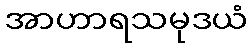
အာဟာရသမုဒယံ